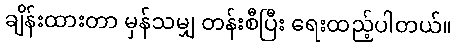
ချိန်းထားတာ မှန်သမျှ တန်းစီပြီး ရေးထည့်ပါတယ်။